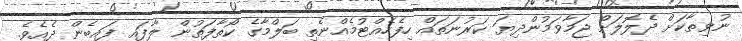
ނުވިތާކަށް ދެލޮލަށް ޖަމާވަމުންދިޔަ ކަރުނަތައް ހިފެހެއްޓުމެއްނެތި ބަލްމާގެ ކޯތާފަތުން ލާފައި ފައިބެން ދެއެވެ.